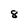
Character: 8